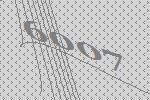
6007